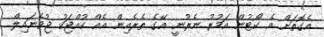
އެގޮތަށް އެ ކޯޓުން އަމުރު ނެރުނީ އޭގެ ތެރެއިން އެއް ކުއްޖަކު ޖުވެނައިލް